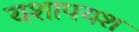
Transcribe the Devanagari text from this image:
यशापयश